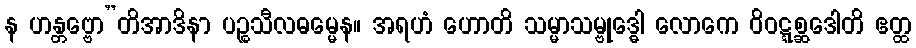
န ဟန္တဗ္ဗော”တိအာဒိနာ ပဉ္စသီလဓမ္မေန။ အရဟံ ဟောတိ သမ္မာသမ္ဗုဒ္ဓေါ လောကေ ဝိဝဋ္ဋစ္ဆဒေါတိ ဧတ္ထ